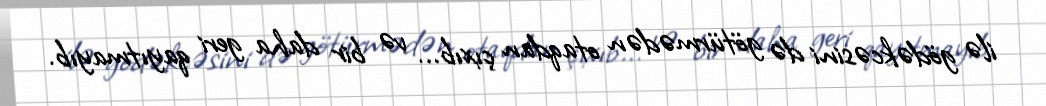
ilə gödəkcəsini də götürmədən otaqdan çıxıb... və bir daha geri qayıtmayıb.